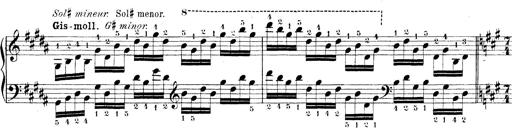
Title: Technische Studien
Composer: Franz Liszt